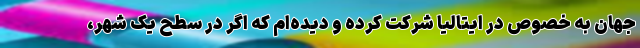
جهان به خصوص در ایتالیا شرکت کرده و دیده‌ام که اگر در سطح یک شهر،